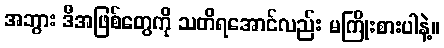
အဘွား ဒီအဖြစ်တွေကို သတိရအောင်လည်း မကြိုးစားပါနဲ့။